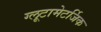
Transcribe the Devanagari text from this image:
ग्लूटामेटर्जिक